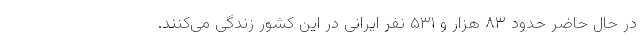
در حال حاضر حدود ۸۳ هزار و ۵۳۱ نفر ایرانی در این کشور زندگی می‌کنند.